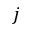
j